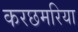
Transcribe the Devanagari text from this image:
करछमरिया